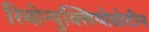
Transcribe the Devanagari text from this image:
रिबोन्युक्लियोप्रोटीन